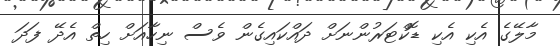
މާލޭގެ އެކި އެކި ޑޮކްޓަރުންނަށް ދައްކައިގެން ވެސް ނިހާއަށް ހިތް އެދޭ ފަދަ